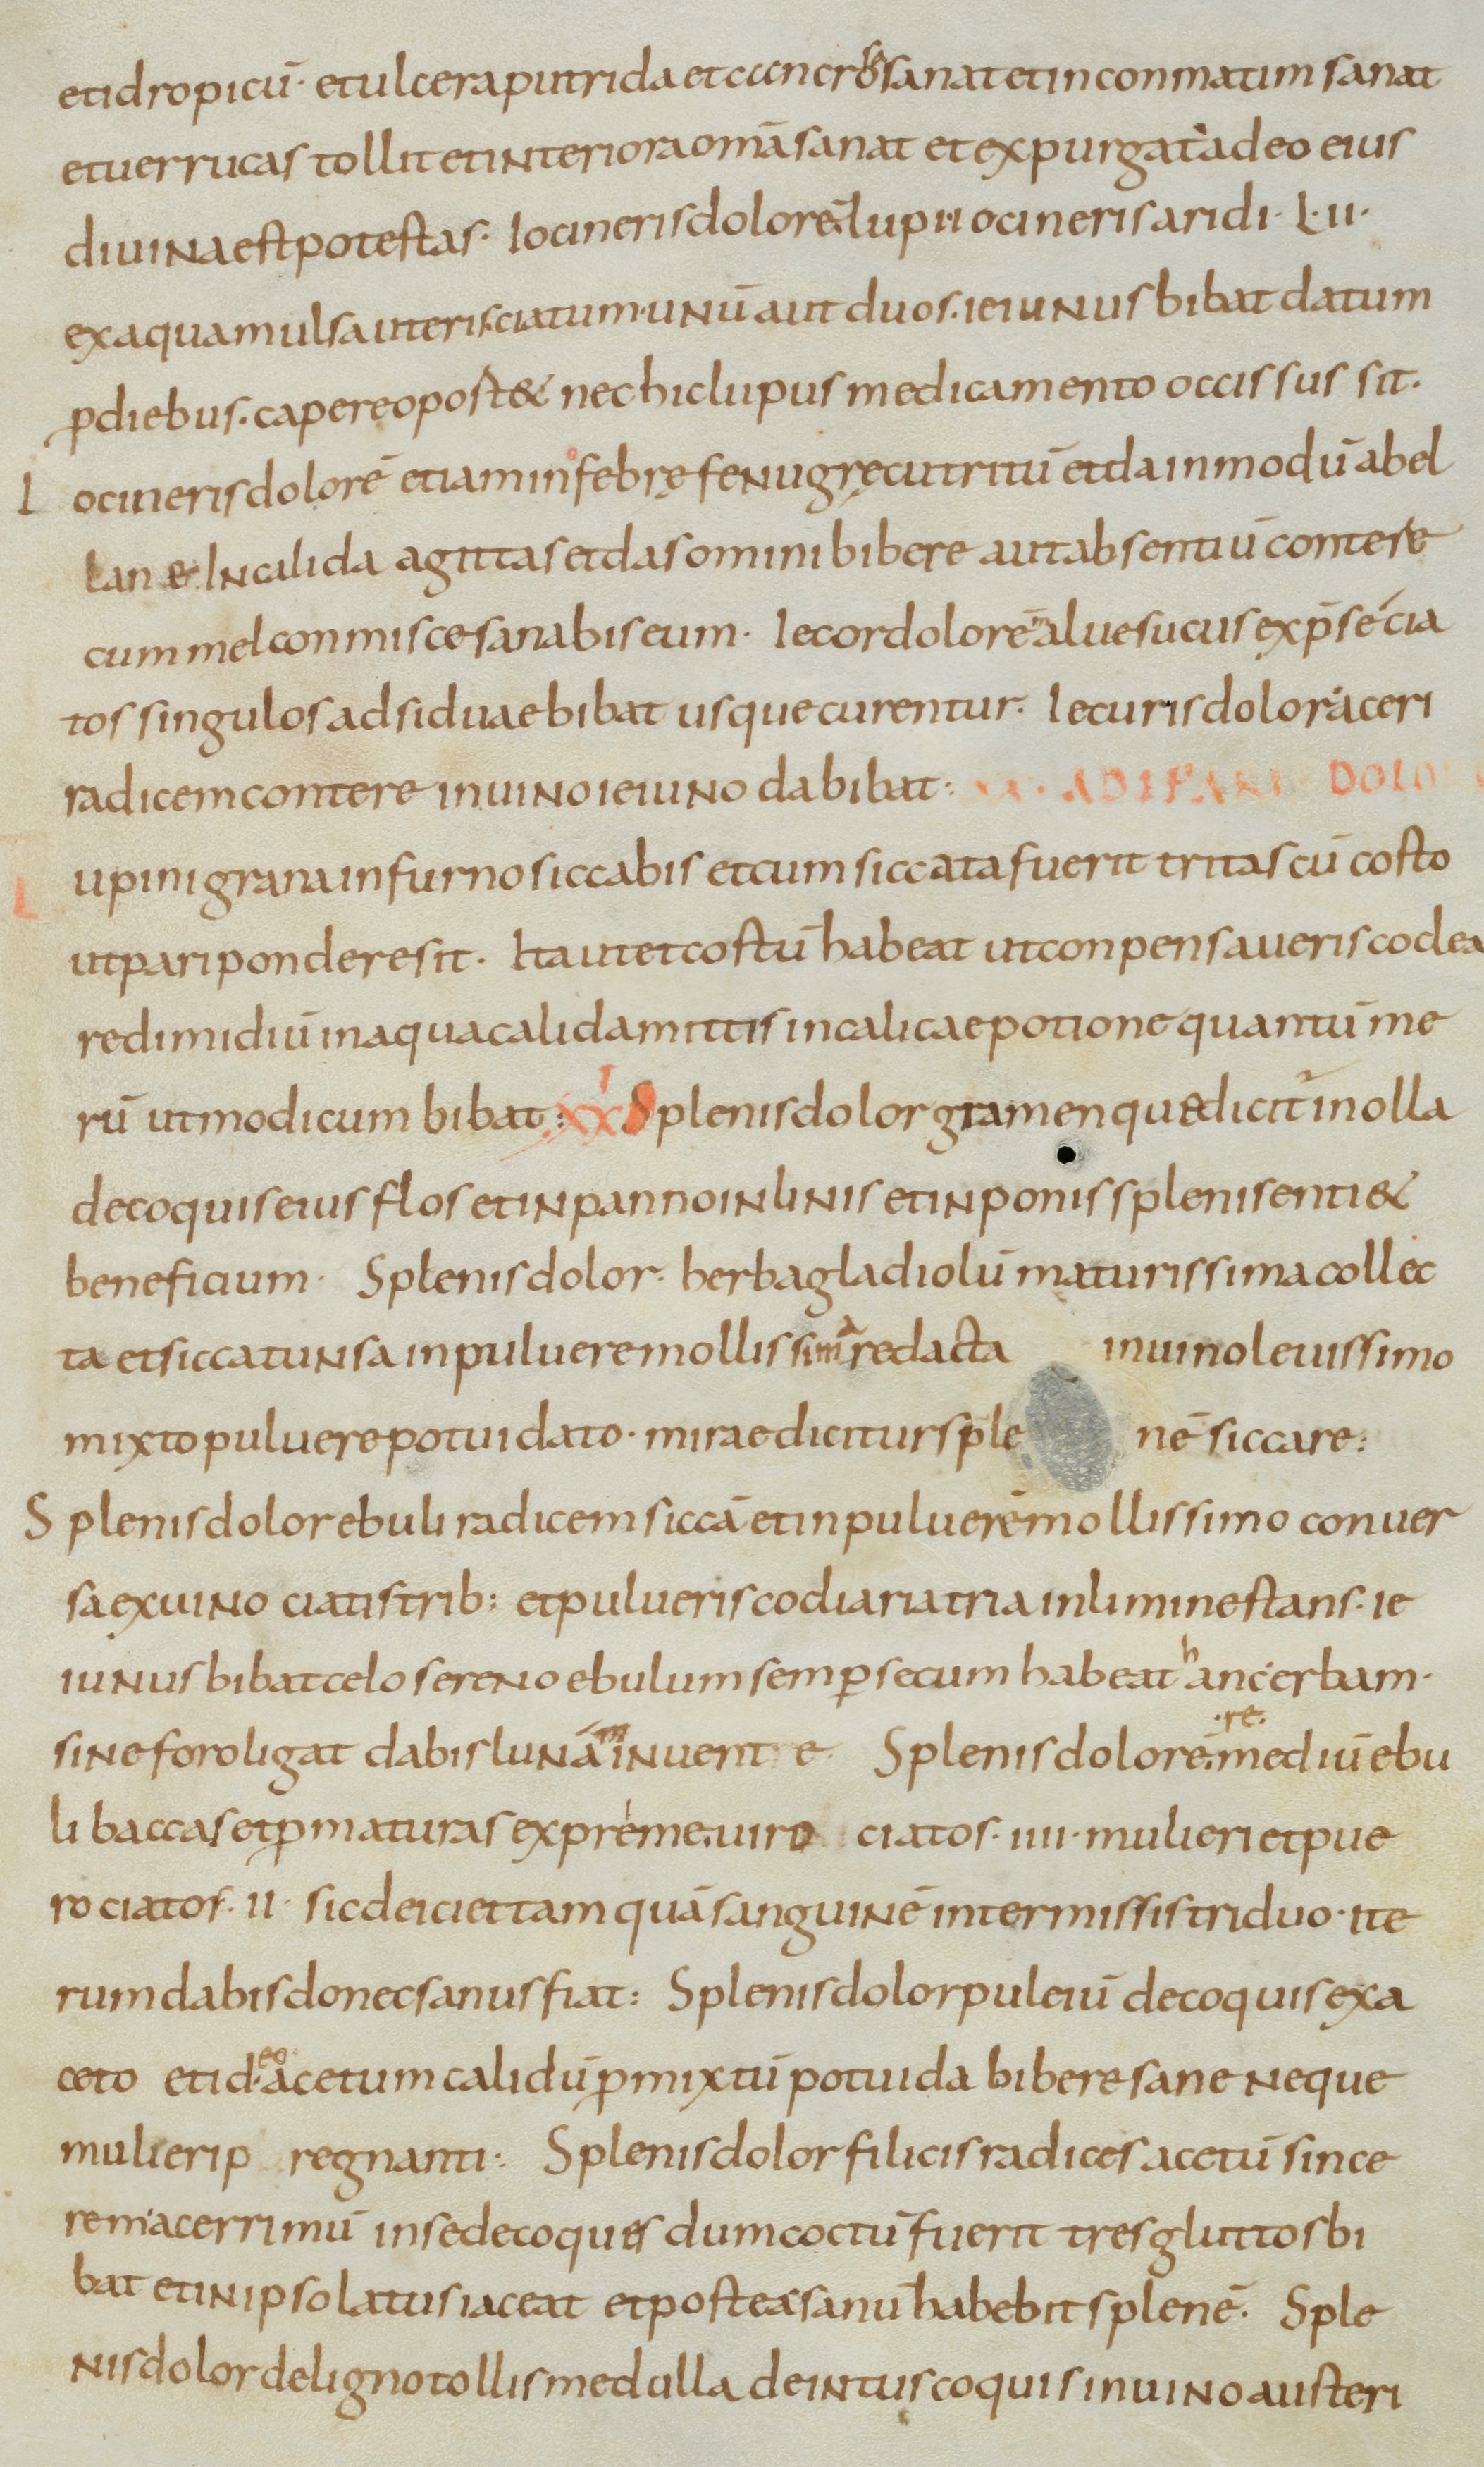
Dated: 800–899